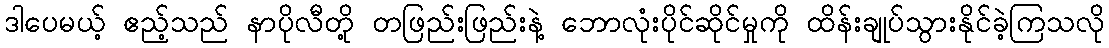
ဒါပေမယ့် ဧည့်သည် နာပိုလီတို့ တဖြည်းဖြည်းနဲ့ ဘောလုံးပိုင်ဆိုင်မှုကို ထိန်းချုပ်သွားနိုင်ခဲ့ကြသလို